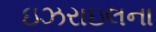
ઇઝરાઇલના